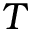
T